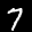
Label: 7